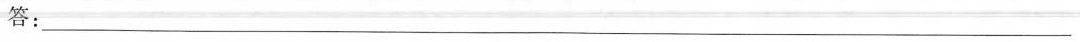
答：___